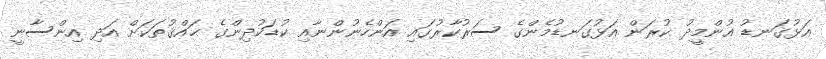
އަޅުގަނޑު އުންމީދު ކުރަން އަޅުގަނޑުމެންގެ ސަރުކާރުގައި އަންހެނުންނާއި ކުޑަކުދިންގެ ޙައްޤުތަކަށް އަދި އިންސާނީ